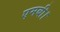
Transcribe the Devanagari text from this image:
एमबी।